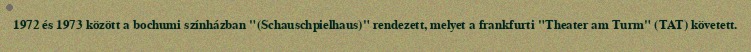
1972 és 1973 között a bochumi színházban "(Schauschpielhaus)" rendezett, melyet a frankfurti "Theater am Turm" (TAT) követett.